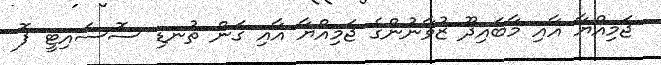
ޖަމިއްޔާ އާއި މާބައިދޫ ޒުވާނުންގެ ޖަމިއްޔާ އާއި ގަން ތުނޑި ސޮސައިޓީ ފޮ